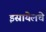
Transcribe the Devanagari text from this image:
इस्रायेलचे